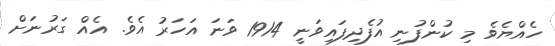
ހެއްޔެވެ މި ކުންފުނި އުފެދިފައިވަނީ 1914 ވަނަ އަހަރު އެވެ. އެއް ގަރުނަށް